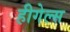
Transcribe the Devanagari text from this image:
हीगेल्स